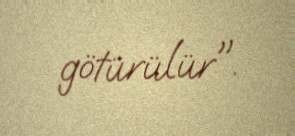
götürülür".